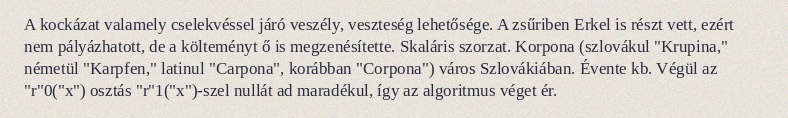
A kockázat valamely cselekvéssel járó veszély, veszteség lehetősége. A zsűriben Erkel is részt vett, ezért nem pályázhatott, de a költeményt ő is megzenésítette. Skaláris szorzat. Korpona (szlovákul "Krupina," németül "Karpfen," latinul "Carpona", korábban "Corpona") város Szlovákiában. Évente kb. Végül az "r"0("x") osztás "r"1("x")-szel nullát ad maradékul, így az algoritmus véget ér.